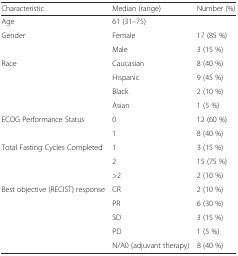
<table><thead><tr><td><b>Characteristic</b></td><td><b>Median (range)</b></td><td><b>Number (%)</b></td></tr></thead><tbody><tr><td>Age</td><td>61 (31–75)</td><td></td></tr><tr><td rowspan="2">Gender</td><td>Female</td><td>17 (85 %)</td></tr><tr><td>Male</td><td>3 (15 %)</td></tr><tr><td rowspan="4">Race</td><td>Caucasian</td><td>8 (40 %)</td></tr><tr><td>Hispanic</td><td>9 (45 %)</td></tr><tr><td>Black</td><td>2 (10 %)</td></tr><tr><td>Asian</td><td>1 (5 %)</td></tr><tr><td rowspan="2">ECOG Performance Status</td><td>0</td><td>12 (60 %)</td></tr><tr><td>1</td><td>8 (40 %)</td></tr><tr><td rowspan="3">Total Fasting Cycles Completed</td><td>1</td><td>3 (15 %)</td></tr><tr><td>2</td><td>15 (75 %)</td></tr><tr><td>&gt;2</td><td>2 (10 %)</td></tr><tr><td rowspan="5">Best objective (RECIST) response</td><td>CR</td><td>2 (10 %)</td></tr><tr><td>PR</td><td>6 (30 %)</td></tr><tr><td>SD</td><td>3 (15 %)</td></tr><tr><td>PD</td><td>1 (5 %)</td></tr><tr><td>N/A0 (adjuvant therapy)</td><td>8 (40 %)</td></tr></tbody></table>